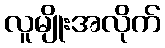
လူမျိုးအလိုက်